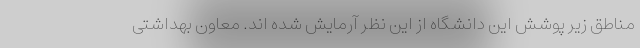
مناطق زیر پوشش این دانشگاه از این نظر آرمایش شده اند. معاون بهداشتی